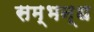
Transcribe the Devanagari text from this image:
सम्भन्ध